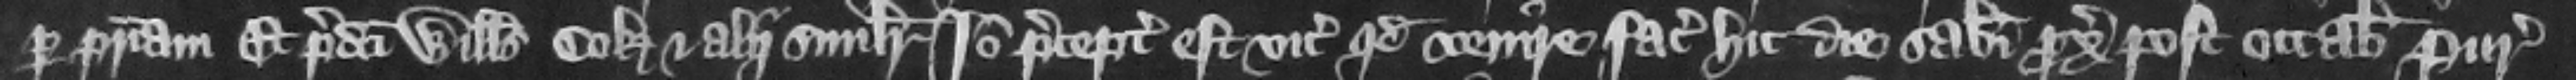
per patriam. Et predicti Willelmus Cok et alii similiter. Ideo preceptum est vicecomiti quod venire faciat hic die Sabati proximo post octabas Purificacionis